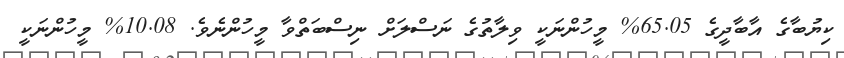
ކިޔުބާގެ އާބާދީގެ 65.05% މީހުންނަކީ ވިލާތުގެ ނަސްލަށް ނިސްބަތްވާ މީހުންނެވެ. 10.08% މީހުންނަކީ